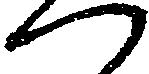
つ